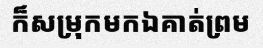
ក៏សម្រុកមកឯគាត់ព្រម